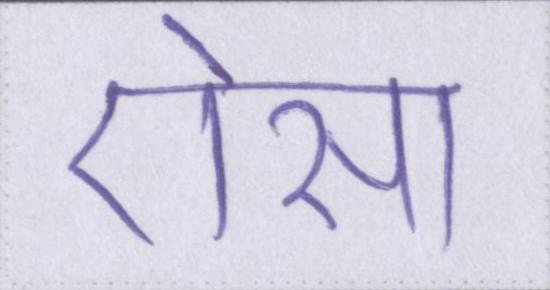
ऐसा